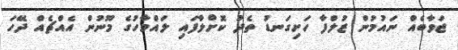
ޖަވާބެއް ނައުމުން ޒުލްފާ ހަށިގަނޑު ތެދު ކޮށްލާފައި ލައްމާހުގެ މޫނުން އެއްޗެއް ދޭހަ